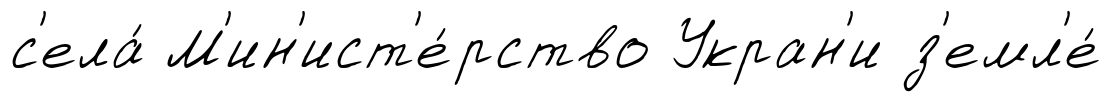
с'ела́ М'ин'ист'е́рство Укран'и з'емл'е́